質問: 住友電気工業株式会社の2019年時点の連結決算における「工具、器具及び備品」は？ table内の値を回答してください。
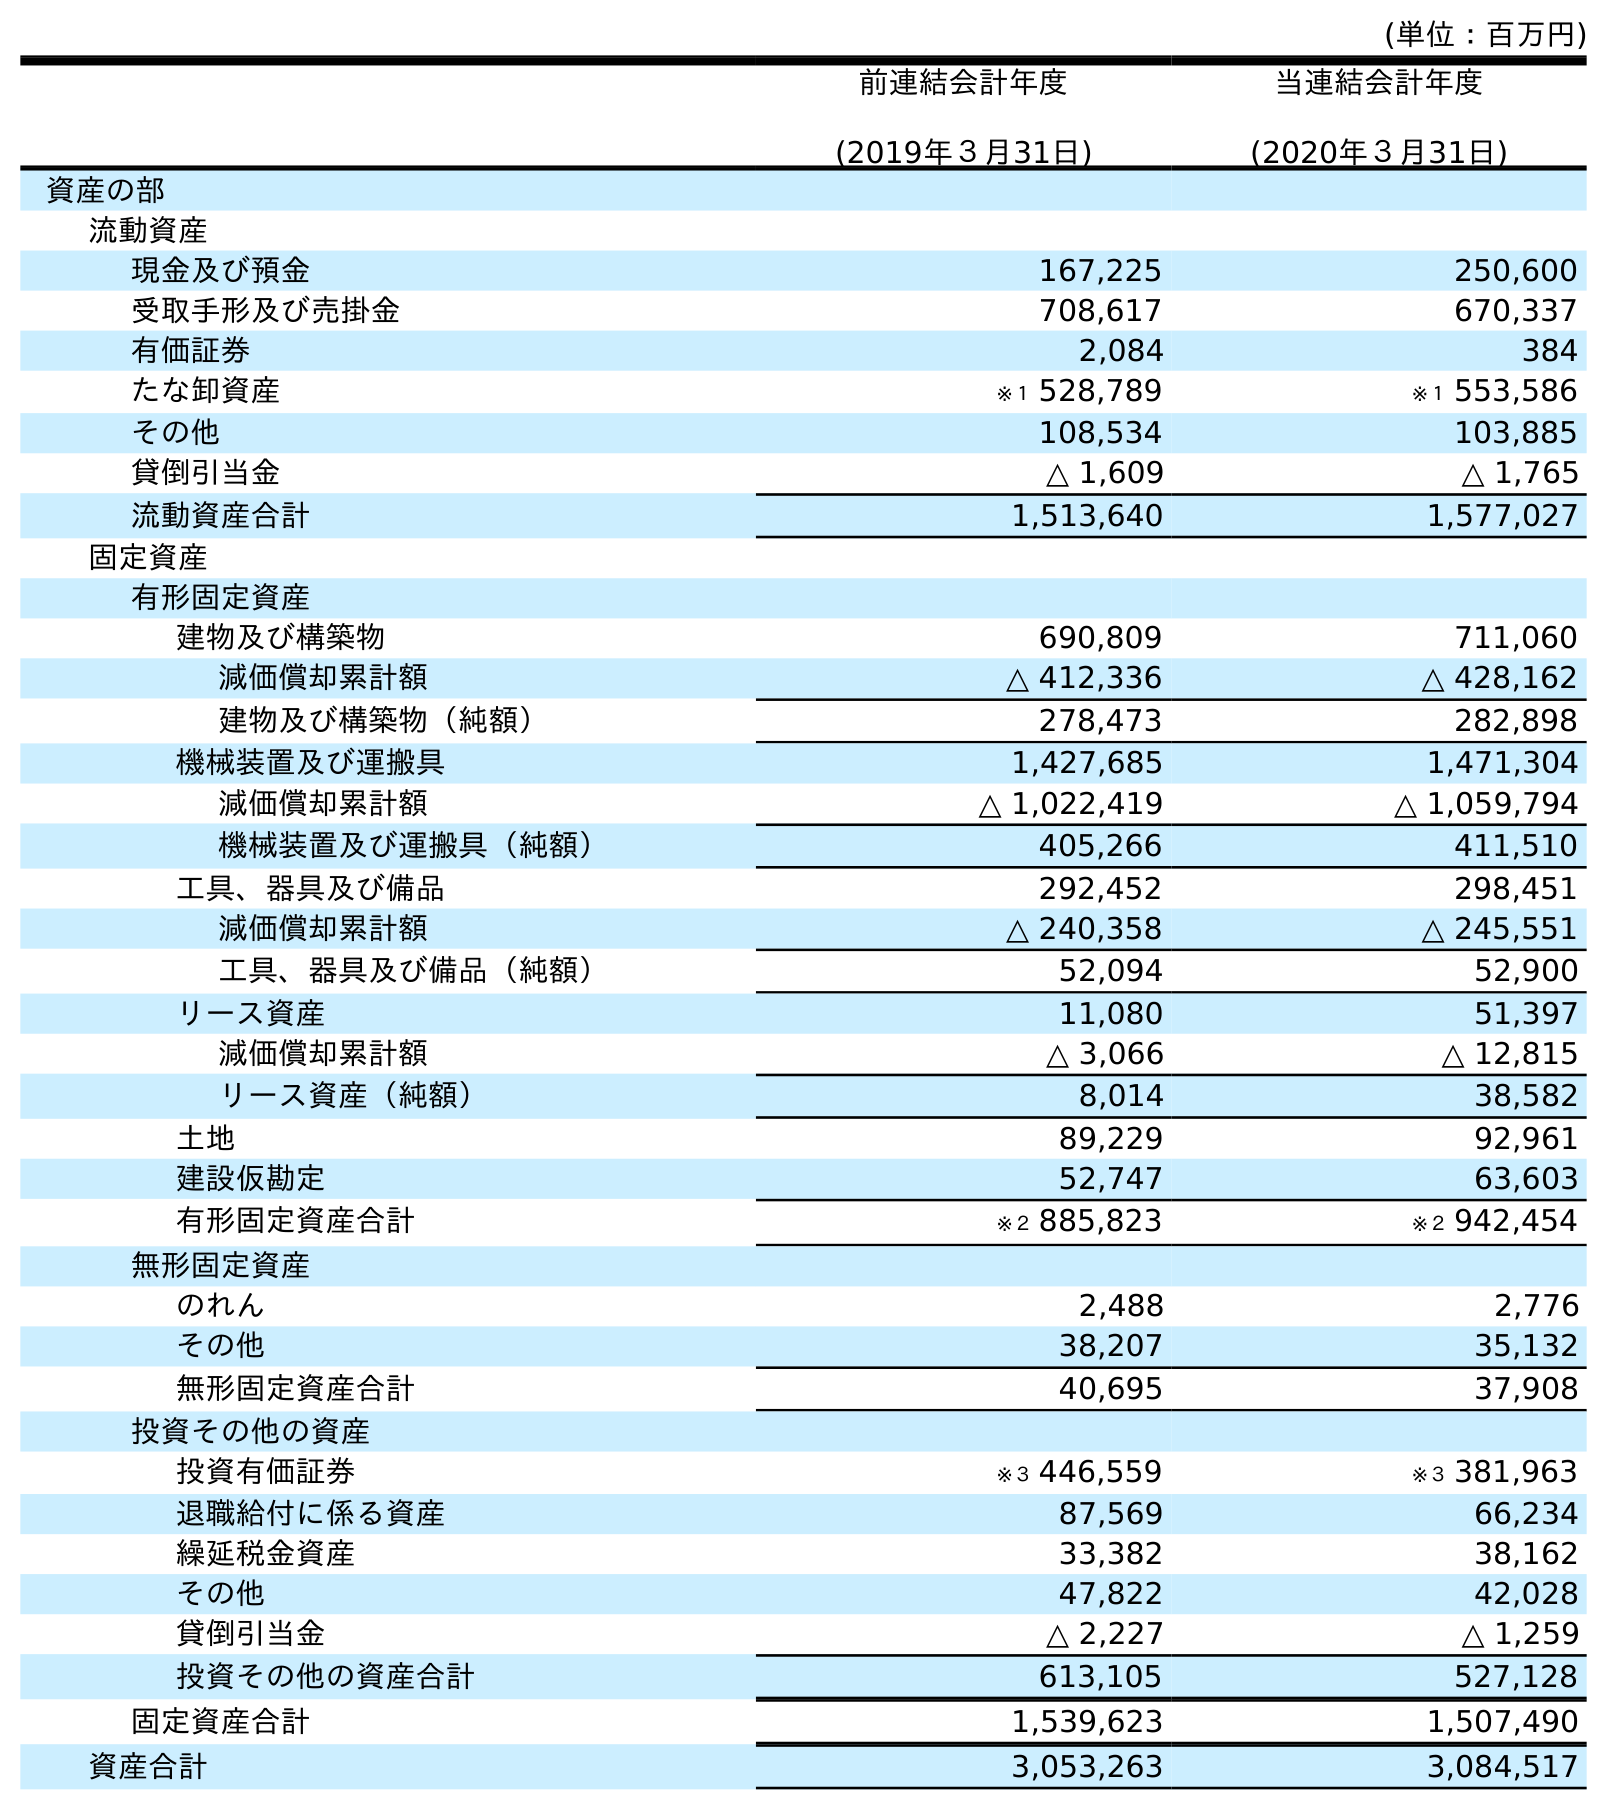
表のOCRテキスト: (単位：百万円) 前連結会計年度 (2019年３月31日) 当連結会計年度 (2020年３月31日) 資産の部 流動資産 現金及び預金 167,225 250,600 受取手形及び売掛金 708,617 670,337 有価証券 2,084 384 たな卸資産 ※１ 528,789 ※１ 553,586 その他 108,534 103,885 貸倒引当金 △ 1,609 △ 1,765 流動資産合計 1,513,640 1,577,027 固定資産 有形固定資産 建物及び構築物 690,809 711,060 減価償却累計額 △ 412,336 △ 428,162 建物及び構築物（純額） 278,473 282,898 機械装置及び運搬具 1,427,685 1,471,304 減価償却累計額 △ 1,022,419 △ 1,059,794 機械装置及び運搬具（純額） 405,266 411,510 工具、器具及び備品 292,452 298,451 減価償却累計額 △ 240,358 △ 245,551 工具、器具及び備品（純額） 52,094 52,900 リース資産 11,080 51,397 減価償却累計額 △ 3,066 △ 12,815 リース資産（純額） 8,014 38,582 土地 89,229 92,961 建設仮勘定 52,747 63,603 有形固定資産合計 ※２ 885,823 ※２ 942,454 無形固定資産 のれん 2,488 2,776 その他 38,207 35,132 無形固定資産合計 40,695 37,908 投資その他の資産 投資有価証券 ※３ 446,559 ※３ 381,963 退職給付に係る資産 87,569 66,234 繰延税金資産 33,382 38,162 その他 47,822 42,028 貸倒引当金 △ 2,227 △ 1,259 投資その他の資産合計 613,105 527,128 固定資産合計 1,539,623 1,507,490 資産合計 3,053,263 3,084,517
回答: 292,452